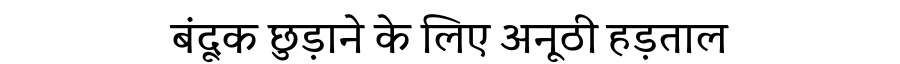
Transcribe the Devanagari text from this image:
बंदूक छुड़ाने के लिए अनूठी हड़ताल